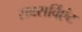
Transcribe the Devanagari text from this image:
सबसर्विएंट